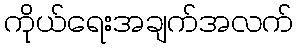
ကိုယ်ရေးအချက်အလက်